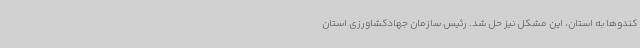
کندوها به استان، این مشکل نیز حل شد. رئیس سازمان جهادکشاورزی استان